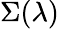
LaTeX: \Sigma(\lambda)